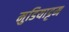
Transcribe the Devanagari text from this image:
मुडियाट्टम